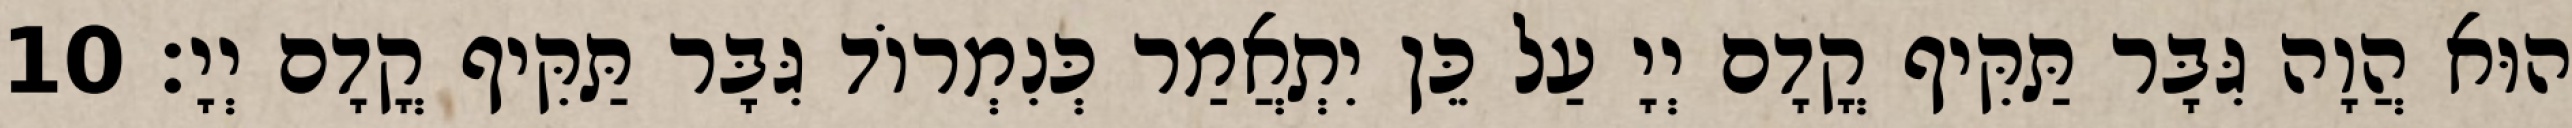
הוּא הֲוָה גִּבָּר תַּקִּיף קֳדָם יְיָ עַל כֵּן יִתְאֲמַר כְּנִמְרוֹד גִּבָּר תַּקִּיף קֳדָם יְיָ׃ 10